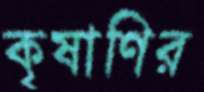
কৃষাণির